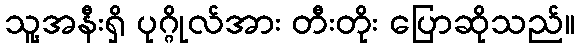
သူ့အနီးရှိ ပုဂ္ဂိုလ်အား တီးတိုး ပြောဆိုသည်။